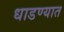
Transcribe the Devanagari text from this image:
धाडण्यात